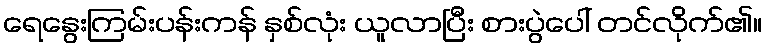
ရေနွေးကြမ်းပန်းကန် နှစ်လုံး ယူလာပြီး စားပွဲပေါ် တင်လိုက်၏။